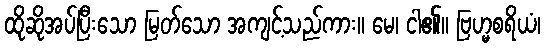
ထိုဆိုအပ်ပြီးသော မြတ်သော အကျင့်သည်ကား။ မေ၊ ငါ၏။ ဗြဟ္မစရိယံ၊